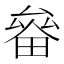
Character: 𤲛